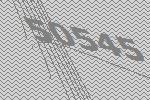
50545